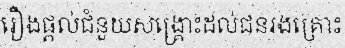
រឿងផ្តល់ជំនួយសង្គ្រោះដល់ជនរងគ្រោះ